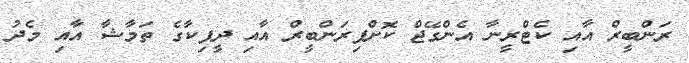
ރަންބީރް އާއި ކެޓްރީނާ އެންގޭޖް ކޮށްފިރަންބީރް އާއި ދީޕިކާގެ ތަމާޝާ އާއި މެދު